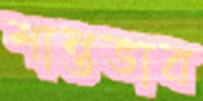
শান্তভাব